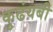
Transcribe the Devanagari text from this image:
कुढंयबी